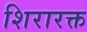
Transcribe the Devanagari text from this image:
शिरारक्त